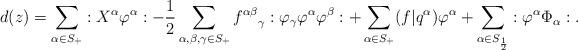
LaTeX: \begin{align*}d(z) &= \sum_{\alpha \in S_+} :X^\alpha \varphi^\alpha: -\frac{1}{2} \sum_{\alpha, \beta, \gamma \in S_+} {f^{\alpha \beta}}_\gamma :\varphi_\gamma \varphi^\alpha \varphi^\beta: + \sum_{\alpha \in S_+} (f | q^\alpha) \varphi^\alpha + \sum_{\alpha \in S_{\frac{1}{2}}} :\varphi^\alpha \Phi_\alpha:. \end{align*}